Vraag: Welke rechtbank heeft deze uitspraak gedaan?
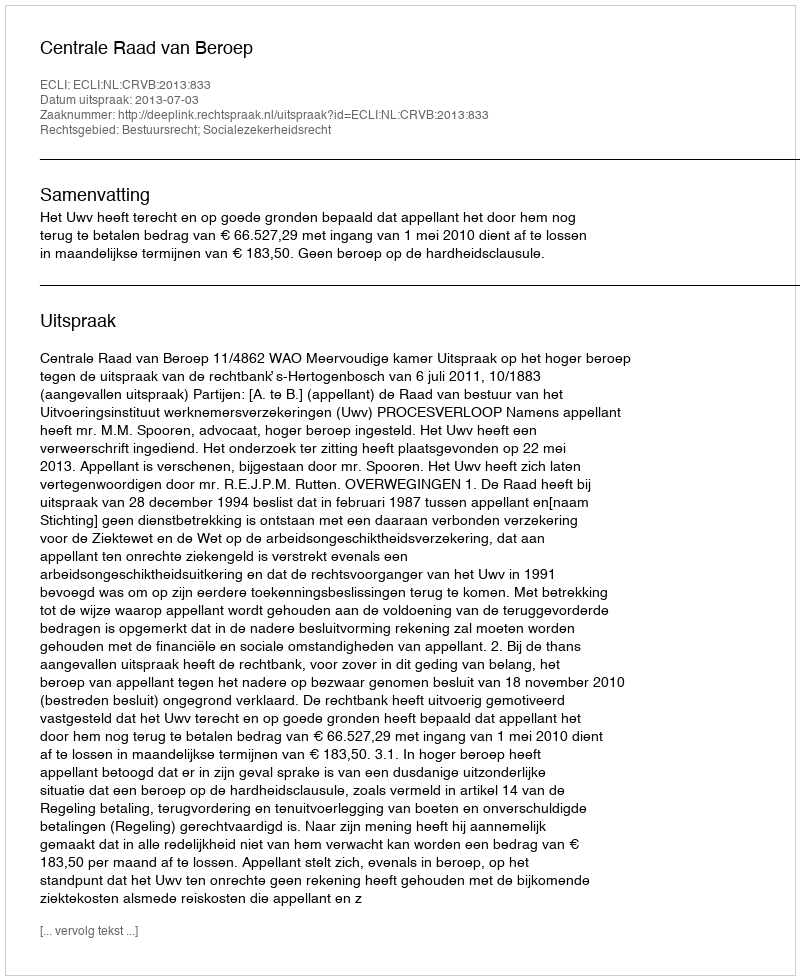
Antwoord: Centrale Raad van Beroep